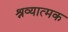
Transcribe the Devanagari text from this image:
श्रव्यात्मक